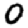
Digit: 0